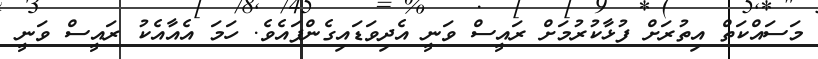
މަސައްކަތް އިތުރަށް ފުޅާކުރުމަށް ރައީސް ވަނީ އެދިވަޑައިގެންފައެވެ. ހަމަ އެއާއެކު ރައީސް ވަނީ